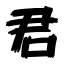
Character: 君